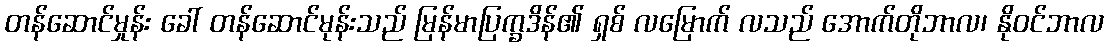
တန်ဆောင်မှုန်း ခေါ် တန်ဆောင်မုန်းသည် မြန်မာပြက္ခဒိန်၏ ရှစ် လမြောက် လသည် အောက်တိုဘာလ၊ နိုဝင်ဘာလ